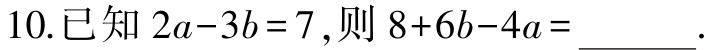
10.已知\(2a - 3b = 7\)，则\(8 + 6b - 4a =\underline{\quad\quad}\).